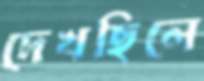
দেখছিলে